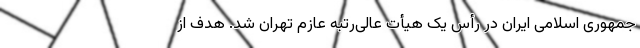
جمهوری اسلامی ایران در رأس یک هیأت عالی‌رتبه عازم تهران شد. هدف از